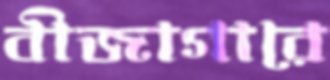
বীজাগারে